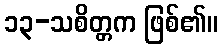
၁၃-သစိတ္တက ဖြစ်၏။